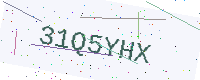
Text: 31Q5YHX